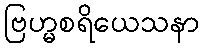
ဗြဟ္မစရိယေသနာ